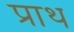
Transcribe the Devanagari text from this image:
प्राथ